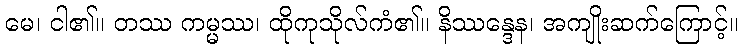
မေ၊ ငါ၏။ တဿ ကမ္မဿ၊ ထိုကုသိုလ်ကံ၏။ နိဿန္ဒေန၊ အကျိုးဆက်ကြောင့်။